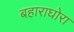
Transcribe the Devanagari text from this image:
बहाराघोरा